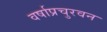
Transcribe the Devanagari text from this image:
वर्षाप्रचुरवन